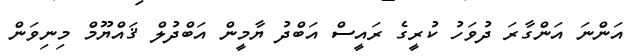
އަންނަ އަންގާރަ ދުވަހު ކުރީގެ ރައީސް އަބްދު ޔާމީން އަބްދުލް ޤައްޔޫމް މިނިވަން